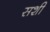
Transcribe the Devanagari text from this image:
सशी